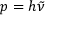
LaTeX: p = h { \tilde { \nu } }